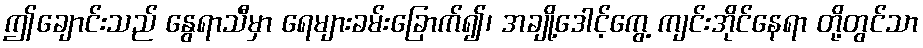
ဤချောင်းသည် နွေရာသီမှာ ရေများခမ်းခြောက်၍၊ အချို့ဒေါင့်ကွေ့ ကျင်းအိုင်နေရာ တို့တွင်သာ